Triennial report on the lunatic asylums in the province of Eastern Bengal and Assam - 1903-1911
Year: 1903
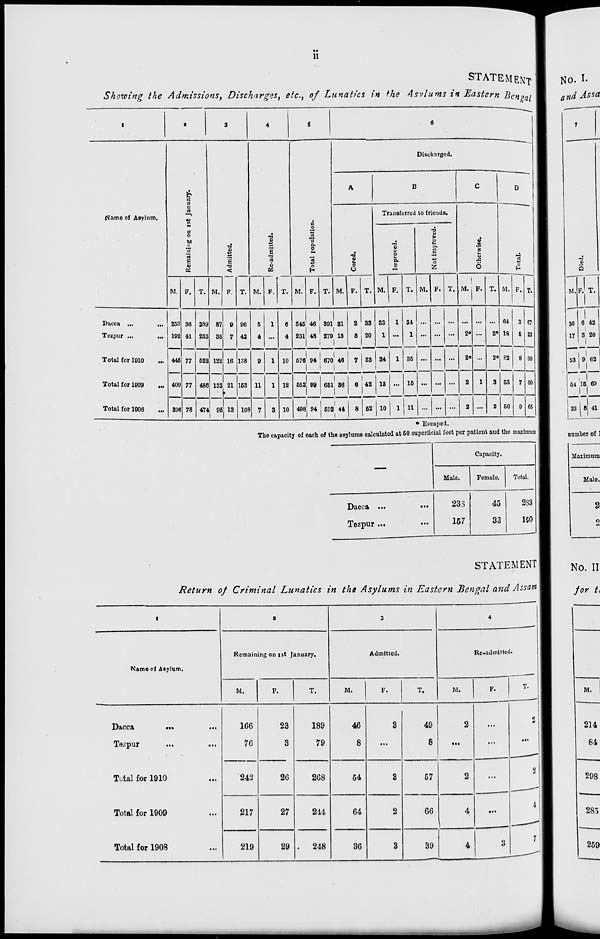
ii
STATEMENT
Showing the Admissions, Discharges, etc., of Lunatics in the Asylums in Eastern Bengal
1
Name of Asylum.
Dacca ...
...
Tezpur ...
...
Total for 1910 ...
Total for 1909
...
Total for 1908 ...
2
Remaining on 1st January.
M.
253
102
445
409
396
F.
36
41
77
77
78
T.
289
233
522
486
474
3
Admitted.
M.
87
35
122
132
95
F.
9
7
16
21
13
T.
96
42
138
153
108
4
Re-admitted.
M.
5
4
9
11
7
F.
1
...
1
1
3
T.
6
4
10
12
10
5
Total population.
M.
345
231
576
552
498
F.
46
48
94
99
94
T.
391
279
670
651
592
6
Discharged.
A
Cured.
M.
31
15
46
36
44
F.
2
5
7
6
8
T.
33
20
53
42
52
B
Transferred to friends.
Improved.
M.
33
1
34
15
10
F.
1
...
1
...
1
T.
34
1
35
15
11
Not Improved.
M.
...
...
...
...
...
F.
...
...
...
...
...
T.
...
...
...
...
...
C
Otherwise.
M.
...
2*
2*
2
2
F.
...
...
...
1
...
T.
...
2*
2*
3
2
D
Total.
M.
64
18
82
53
56
F.
3
5
8
7
9
T.
67
23
90
60
65
* Escaped.
The capacity of each of the asylums calculated at 50 superficial feet per patient and the maximum
—
Dacca ...
...
Tezpur ... ...
Capacity.
Male.
238
157
Female.
45
33
Total.
283
190
STATEMENT
Return of Criminal Lunatics in the Asylums in Eastern Bengal and Assam
1
Name of Asylum.
Dacca ... ...
Tezpur ... ...
Total for 1910 ...
Total for 1909 ...
Total for 1908 ...
2
Remaining on 1st January.
M.
166
76
242
217
219
F.
23
3
26
27
29
T.
189
79
268
244
248
3
Admitted.
M.
46
8
54
64
36
F.
3
...
3
2
3
T.
49
8
57
66
39
4
Re-admitted.
M.
2
...
2
4
4
F.
...
...
...
...
3
T.
2
...
2
4
7